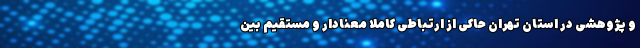
و پژوهشی در استان تهران حاکی از ارتباطی کاملا معنادار و مستقیم بین